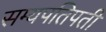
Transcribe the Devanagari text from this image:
सम्यपतिपती